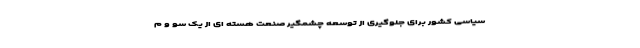
سیاسی کشور برای جلوگیری از توسعه چشمگیر صنعت هسته ای از یک سو و م